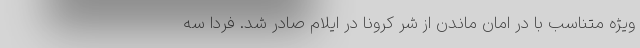
ویژه متناسب با در امان ماندن از شر کرونا در ایلام صادر شد. فردا سه